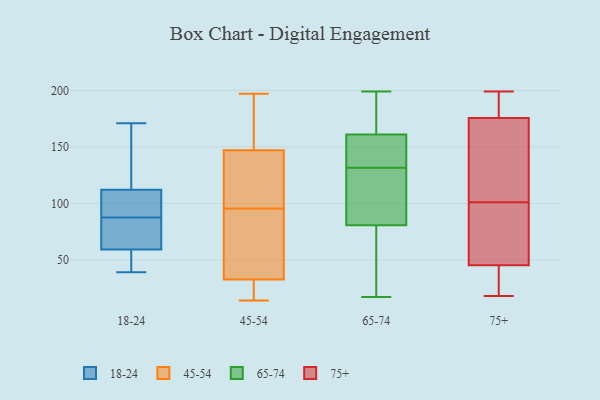
{"axis": {"x": "Website Visitors", "y": "Value"}, "legend": ["18-24", "45-54", "65-74", "75+"], "data": [{"x": "", "y": 112, "type": "18-24"}, {"x": "", "y": 59, "type": "18-24"}, {"x": "", "y": 171, "type": "18-24"}, {"x": "", "y": 39, "type": "18-24"}, {"x": "", "y": 93, "type": "18-24"}, {"x": "", "y": 53, "type": "18-24"}, {"x": "", "y": 82, "type": "18-24"}, {"x": "", "y": 130, "type": "18-24"}, {"x": "", "y": 96, "type": "18-24"}, {"x": "", "y": 78, "type": "18-24"}, {"x": "", "y": 25, "type": "45-54"}, {"x": "", "y": 59, "type": "45-54"}, {"x": "", "y": 153, "type": "45-54"}, {"x": "", "y": 25, "type": "45-54"}, {"x": "", "y": 141, "type": "45-54"}, {"x": "", "y": 194, "type": "45-54"}, {"x": "", "y": 88, "type": "45-54"}, {"x": "", "y": 116, "type": "45-54"}, {"x": "", "y": 197, "type": "45-54"}, {"x": "", "y": 40, "type": "45-54"}, {"x": "", "y": 14, "type": "45-54"}, {"x": "", "y": 103, "type": "45-54"}, {"x": "", "y": 107, "type": "65-74"}, {"x": "", "y": 136, "type": "65-74"}, {"x": "", "y": 134, "type": "65-74"}, {"x": "", "y": 54, "type": "65-74"}, {"x": "", "y": 151, "type": "65-74"}, {"x": "", "y": 163, "type": "65-74"}, {"x": "", "y": 18, "type": "65-74"}, {"x": "", "y": 144, "type": "65-74"}, {"x": "", "y": 118, "type": "65-74"}, {"x": "", "y": 199, "type": "65-74"}, {"x": "", "y": 50, "type": "65-74"}, {"x": "", "y": 17, "type": "65-74"}, {"x": "", "y": 159, "type": "65-74"}, {"x": "", "y": 114, "type": "65-74"}, {"x": "", "y": 174, "type": "65-74"}, {"x": "", "y": 127, "type": "65-74"}, {"x": "", "y": 52, "type": "65-74"}, {"x": "", "y": 191, "type": "65-74"}, {"x": "", "y": 129, "type": "65-74"}, {"x": "", "y": 193, "type": "65-74"}, {"x": "", "y": 133, "type": "75+"}, {"x": "", "y": 183, "type": "75+"}, {"x": "", "y": 184, "type": "75+"}, {"x": "", "y": 199, "type": "75+"}, {"x": "", "y": 59, "type": "75+"}, {"x": "", "y": 173, "type": "75+"}, {"x": "", "y": 140, "type": "75+"}, {"x": "", "y": 46, "type": "75+"}, {"x": "", "y": 81, "type": "75+"}, {"x": "", "y": 39, "type": "75+"}, {"x": "", "y": 43, "type": "75+"}, {"x": "", "y": 18, "type": "75+"}, {"x": "", "y": 121, "type": "75+"}, {"x": "", "y": 37, "type": "75+"}, {"x": "", "y": 101, "type": "75+"}, {"x": "", "y": 187, "type": "75+"}, {"x": "", "y": 47, "type": "75+"}]}